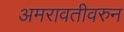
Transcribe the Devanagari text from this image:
अमरावतीवरुन